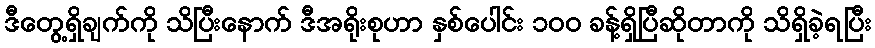
ဒီတွေ့ရှိချက်ကို သိပြီးနောက် ဒီအရိုးစုဟာ နှစ်ပေါင်း ၁၀၀ ခန့်ရှိပြီဆိုတာကို သိရှိခဲ့ရပြီး